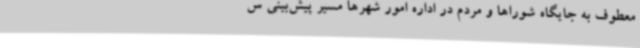
معطوف به جایگاه شوراها و مردم در اداره امور شهرها مسیر پیش‌بینی س